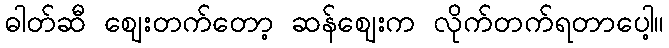
ဓါတ်ဆီ ဈေးတက်တော့ ဆန်ဈေးက လိုက်တက်ရတာပေါ့။